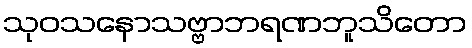
သုဝသနောသဗ္ဗာဘရဏဘူသိတော